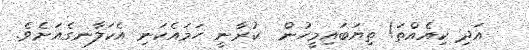
އަދި ކިއެއްތަ! ތިޔަބައިމީހުން  ކުރާނީ ހަމައެކަނި އެކަލާނގެއަށެވެ.